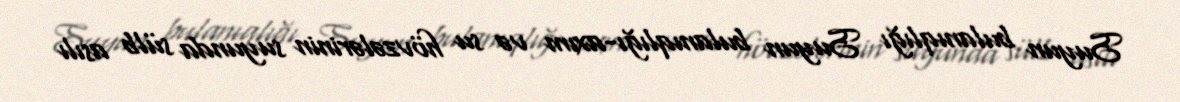
Suyun bulanıqlığı Suyun bulanıqlığı-axım və su hövzələrinin suyunda sülb asılı